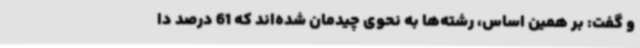
و گفت: بر همین اساس، رشته‌ها به نحوی چیدمان شده‌اند که 61 درصد دا